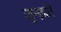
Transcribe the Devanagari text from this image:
जुन्झते